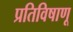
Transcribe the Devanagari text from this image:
प्रतिविषाणू